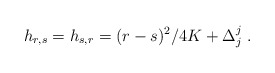
\begin{align*}h_{r,s}=h_{s,r}=(r-s)^2/4K+\Delta^j_j{}~.\end{align*}